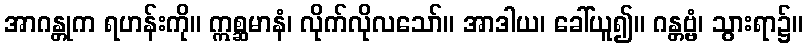
အာဂန္တုက ရဟန်းကို။ ဣစ္ဆမာနံ၊ လိုက်လိုလသော်။ အာဒါယ၊ ခေါ်ယူ၍။ ဂန္တဗ္ဗံ၊ သွားရာ၌။